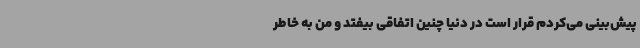
پیش‌بینی می‌کردم قرار است در دنیا چنین اتفاقی بیفتد و من به خاطر